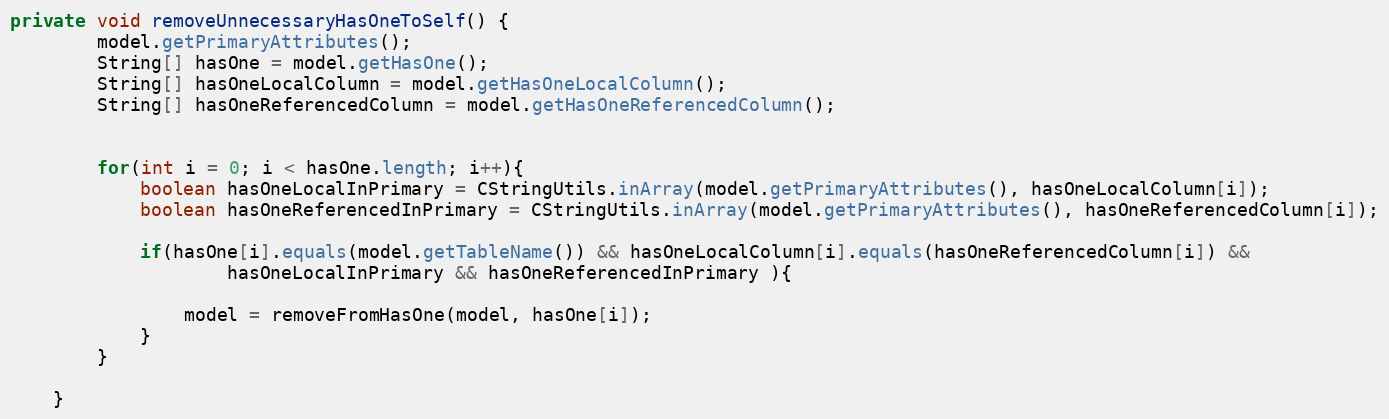
Language: Java
private void removeUnnecessaryHasOneToSelf() {
		model.getPrimaryAttributes();
		String[] hasOne = model.getHasOne();
		String[] hasOneLocalColumn = model.getHasOneLocalColumn();
		String[] hasOneReferencedColumn = model.getHasOneReferencedColumn();

		for(int i = 0; i < hasOne.length; i++){
			boolean hasOneLocalInPrimary = CStringUtils.inArray(model.getPrimaryAttributes(), hasOneLocalColumn[i]);
			boolean hasOneReferencedInPrimary = CStringUtils.inArray(model.getPrimaryAttributes(), hasOneReferencedColumn[i]);

			if(hasOne[i].equals(model.getTableName()) && hasOneLocalColumn[i].equals(hasOneReferencedColumn[i]) &&
					hasOneLocalInPrimary && hasOneReferencedInPrimary ){

				model = removeFromHasOne(model, hasOne[i]);
			}
		}

	}